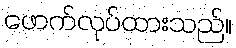
ဖောက်လုပ်ထားသည်။